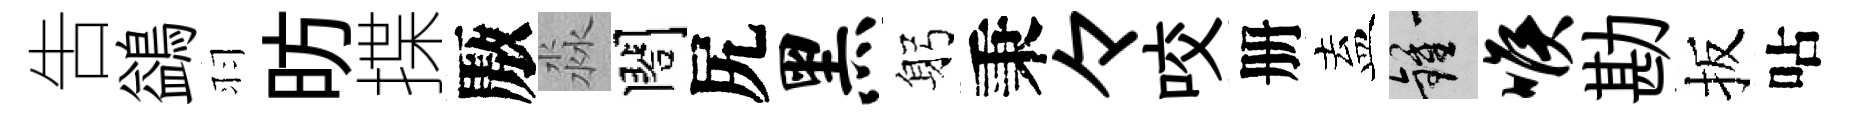
吿鷁羽昉揲厫淼閤尻黑躬秉々咬册盍鍾喉勘扳呫